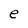
Character: e